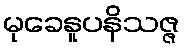
မုခေနူပနိသဇ္ဇ